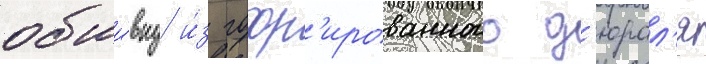
обши́вку и́з гофр'ированного д'юрал'я